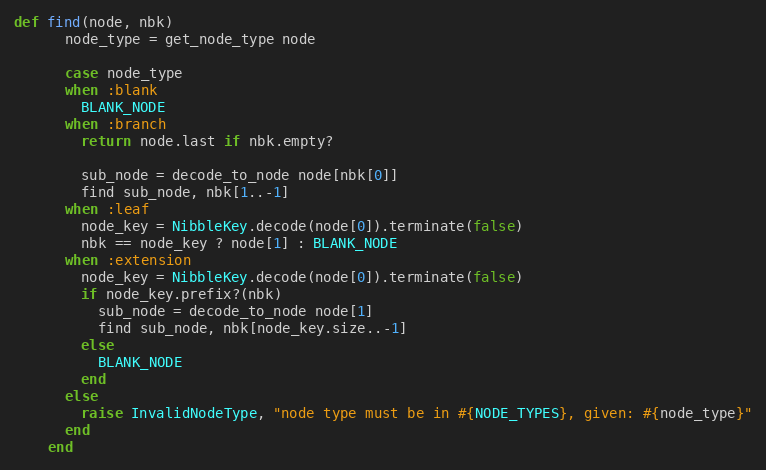
Language: Ruby
def find(node, nbk)
      node_type = get_node_type node

      case node_type
      when :blank
        BLANK_NODE
      when :branch
        return node.last if nbk.empty?

        sub_node = decode_to_node node[nbk[0]]
        find sub_node, nbk[1..-1]
      when :leaf
        node_key = NibbleKey.decode(node[0]).terminate(false)
        nbk == node_key ? node[1] : BLANK_NODE
      when :extension
        node_key = NibbleKey.decode(node[0]).terminate(false)
        if node_key.prefix?(nbk)
          sub_node = decode_to_node node[1]
          find sub_node, nbk[node_key.size..-1]
        else
          BLANK_NODE
        end
      else
        raise InvalidNodeType, "node type must be in #{NODE_TYPES}, given: #{node_type}"
      end
    end